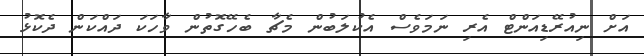
އަށް ނިއުރޭޑިއަންޓް އެރި ނަމަވެސް އެކުލަބުން މެޗާ ބެހޭގޮތުން ވާހަކަ ދައްކަން ދެކޮޅު